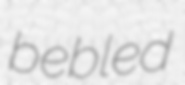
bebled